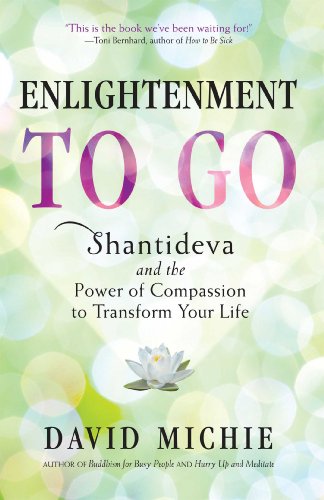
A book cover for Enlightenment to Go: Shantideva and the Power of Compassion to Transform Your Life; David Michie; Religion & Spirituality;